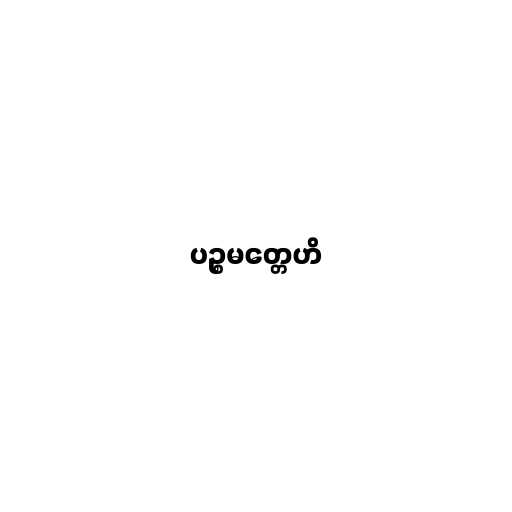
ပဉ္စမတ္တေဟိ